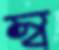
স্ব